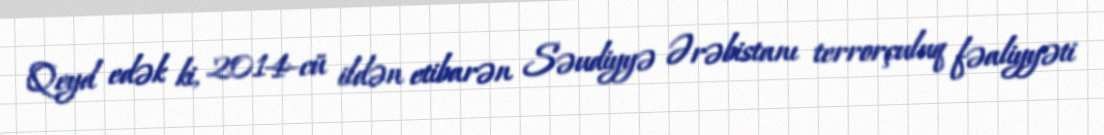
Qeyd edək ki, 2014-cü ildən etibarən Səudiyyə Ərəbistanı terrorçuluq fəaliyyəti